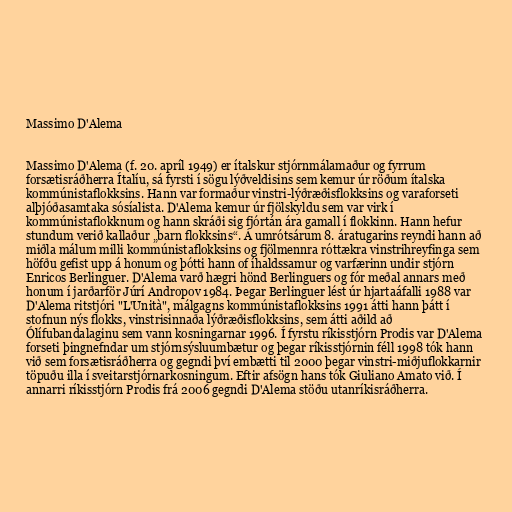
Massimo D'Alema

Massimo D'Alema (f. 20. apríl 1949) er ítalskur stjórnmálamaður og fyrrum
forsætisráðherra Ítalíu, sá fyrsti í sögu lýðveldisins sem kemur úr röðum ítalska
kommúnistaflokksins. Hann var formaður vinstri-lýðræðisflokksins og varaforseti
alþjóðasamtaka sósíalista. D'Alema kemur úr fjölskyldu sem var virk í
kommúnistaflokknum og hann skráði sig fjórtán ára gamall í flokkinn. Hann hefur
stundum verið kallaður „barn flokksins“. Á umrótsárum 8. áratugarins reyndi hann að
miðla málum milli kommúnistaflokksins og fjölmennra róttækra vinstrihreyfinga sem
höfðu gefist upp á honum og þótti hann of íhaldssamur og varfærinn undir stjórn
Enricos Berlinguer. D'Alema varð hægri hönd Berlinguers og fór meðal annars með
honum í jarðarför Júrí Andropov 1984. Þegar Berlinguer lést úr hjartaáfalli 1988 var
D'Alema ritstjóri "L'Unità", málgagns kommúnistaflokksins 1991 átti hann þátt í
stofnun nýs flokks, vinstrisinnaða lýðræðisflokksins, sem átti aðild að
Ólífubandalaginu sem vann kosningarnar 1996. Í fyrstu ríkisstjórn Prodis var D'Alema
forseti þingnefndar um stjórnsýsluumbætur og þegar ríkisstjórnin féll 1998 tók hann
við sem forsætisráðherra og gegndi því embætti til 2000 þegar vinstri-miðjuflokkarnir
töpuðu illa í sveitarstjórnarkosningum. Eftir afsögn hans tók Giuliano Amato við. Í
annarri ríkisstjórn Prodis frá 2006 gegndi D'Alema stöðu utanríkisráðherra.